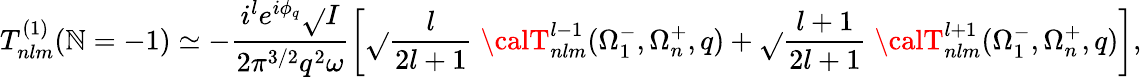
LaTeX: T_{nlm}^{(1)}(\mathbb{N}=-1)\simeq-\frac{{i^{l}e^{i\phi_{q}}\sqrt{}{{I}}}}{{2{\pi}^{3/2}q^{2}\omega}}\left[\sqrt{}{{\frac{{l}}{{2l+1}}}}\; {\calT}_{nlm}^{l-1}(\Omega_{1}^{-},\Omega_{n}^{+},q)+\sqrt{}{{\frac{{l+1}}{{2l+1}}}}\; {\calT}_{nlm}^{l+1}(\Omega_{1}^{-},\Omega_{n}^{+},q)\right],